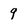
Character: 9